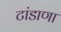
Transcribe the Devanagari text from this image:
टांडाणा